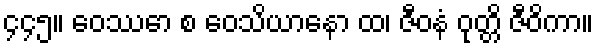
၄၄၅။ ဝေဿော စ ဝေသိယာနော ထ၊ ဇီဝနံ ဝုတ္တိ ဇီဝိကာ။